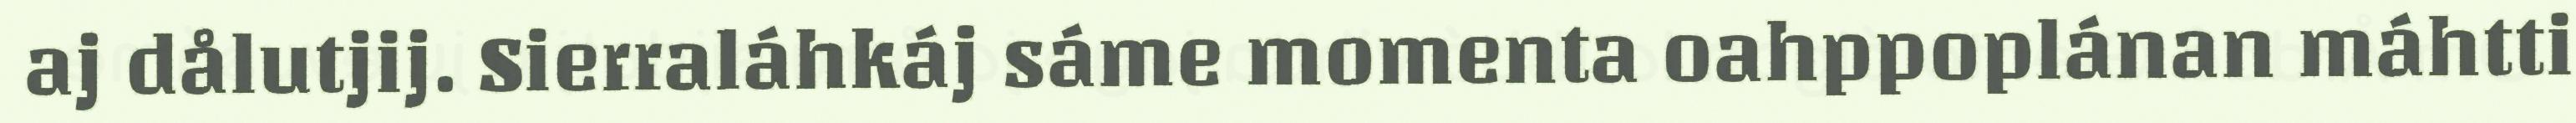
aj dålutjij. Sierraláhkáj sáme momenta oahppoplánan máhtti